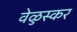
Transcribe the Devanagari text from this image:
वेळुस्कर